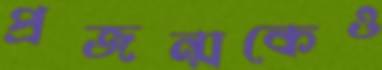
প্রজন্মকেও